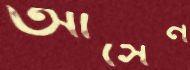
আসেন